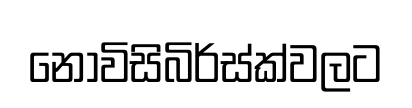
නොවිසිබිර්ස්ක්වලට